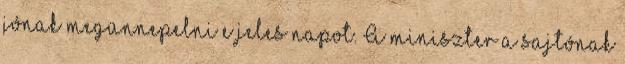
jónak megünnepelni e jeles napot. A miniszter a sajtónak